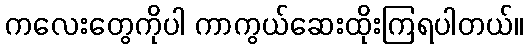
ကလေးတွေကိုပါ ကာကွယ်ဆေးထိုးကြရပါတယ်။